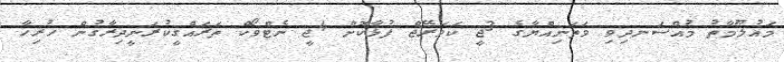
މައުލޫމާތު މުއްސަނދިވި ވަތަނިއްޔާގެ 3ޖީ ކަވަރޭޖް ފުޅާކޮށް 4ޖީ ނެޓްވޯކް ތަރައްގީކުރަނީދިރާގުން ހުރިހާ